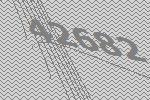
42682